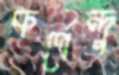
কর্ণেন্দু